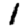
Digit: 1